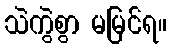
သဲကွဲစွာ မမြင်ရ။